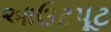
આઉટપૂટ